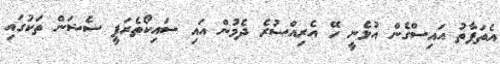
އެތަފާތު އައިސްގެން އުޅެނީ ހޭ އެރިއްސުރެ ދެމުން އައި ސައިކޯތެރަޕީ ސެޝަން ތަކުގައި